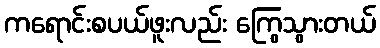
ကရောင်းစပယ်ဖူးလည်း ကြွေသွားတယ်